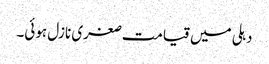
دہلی میں قیامت صغری نازل ہوئی۔